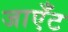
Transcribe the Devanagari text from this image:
जाएँट